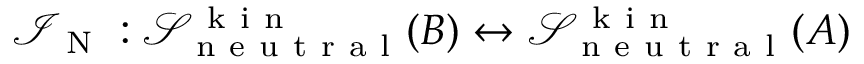
\mathcal { I } _ { \mathrm { ~ N ~ } } : \mathcal { S } _ { \mathrm { ~ n ~ e ~ u ~ t ~ r ~ a ~ l ~ } } ^ { \mathrm { ~ k ~ i ~ n ~ } } ( B ) \leftrightarrow \mathcal { S } _ { \mathrm { ~ n ~ e ~ u ~ t ~ r ~ a ~ l ~ } } ^ { \mathrm { ~ k ~ i ~ n ~ } } ( A )